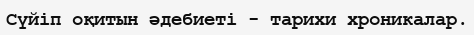
Сүйіп оқитын әдебиеті - тарихи хроникалар.